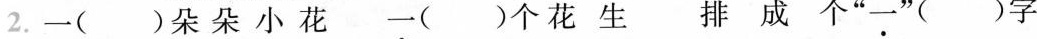
2.一( )朵朵小花 一( )个花生排成个”一”)字